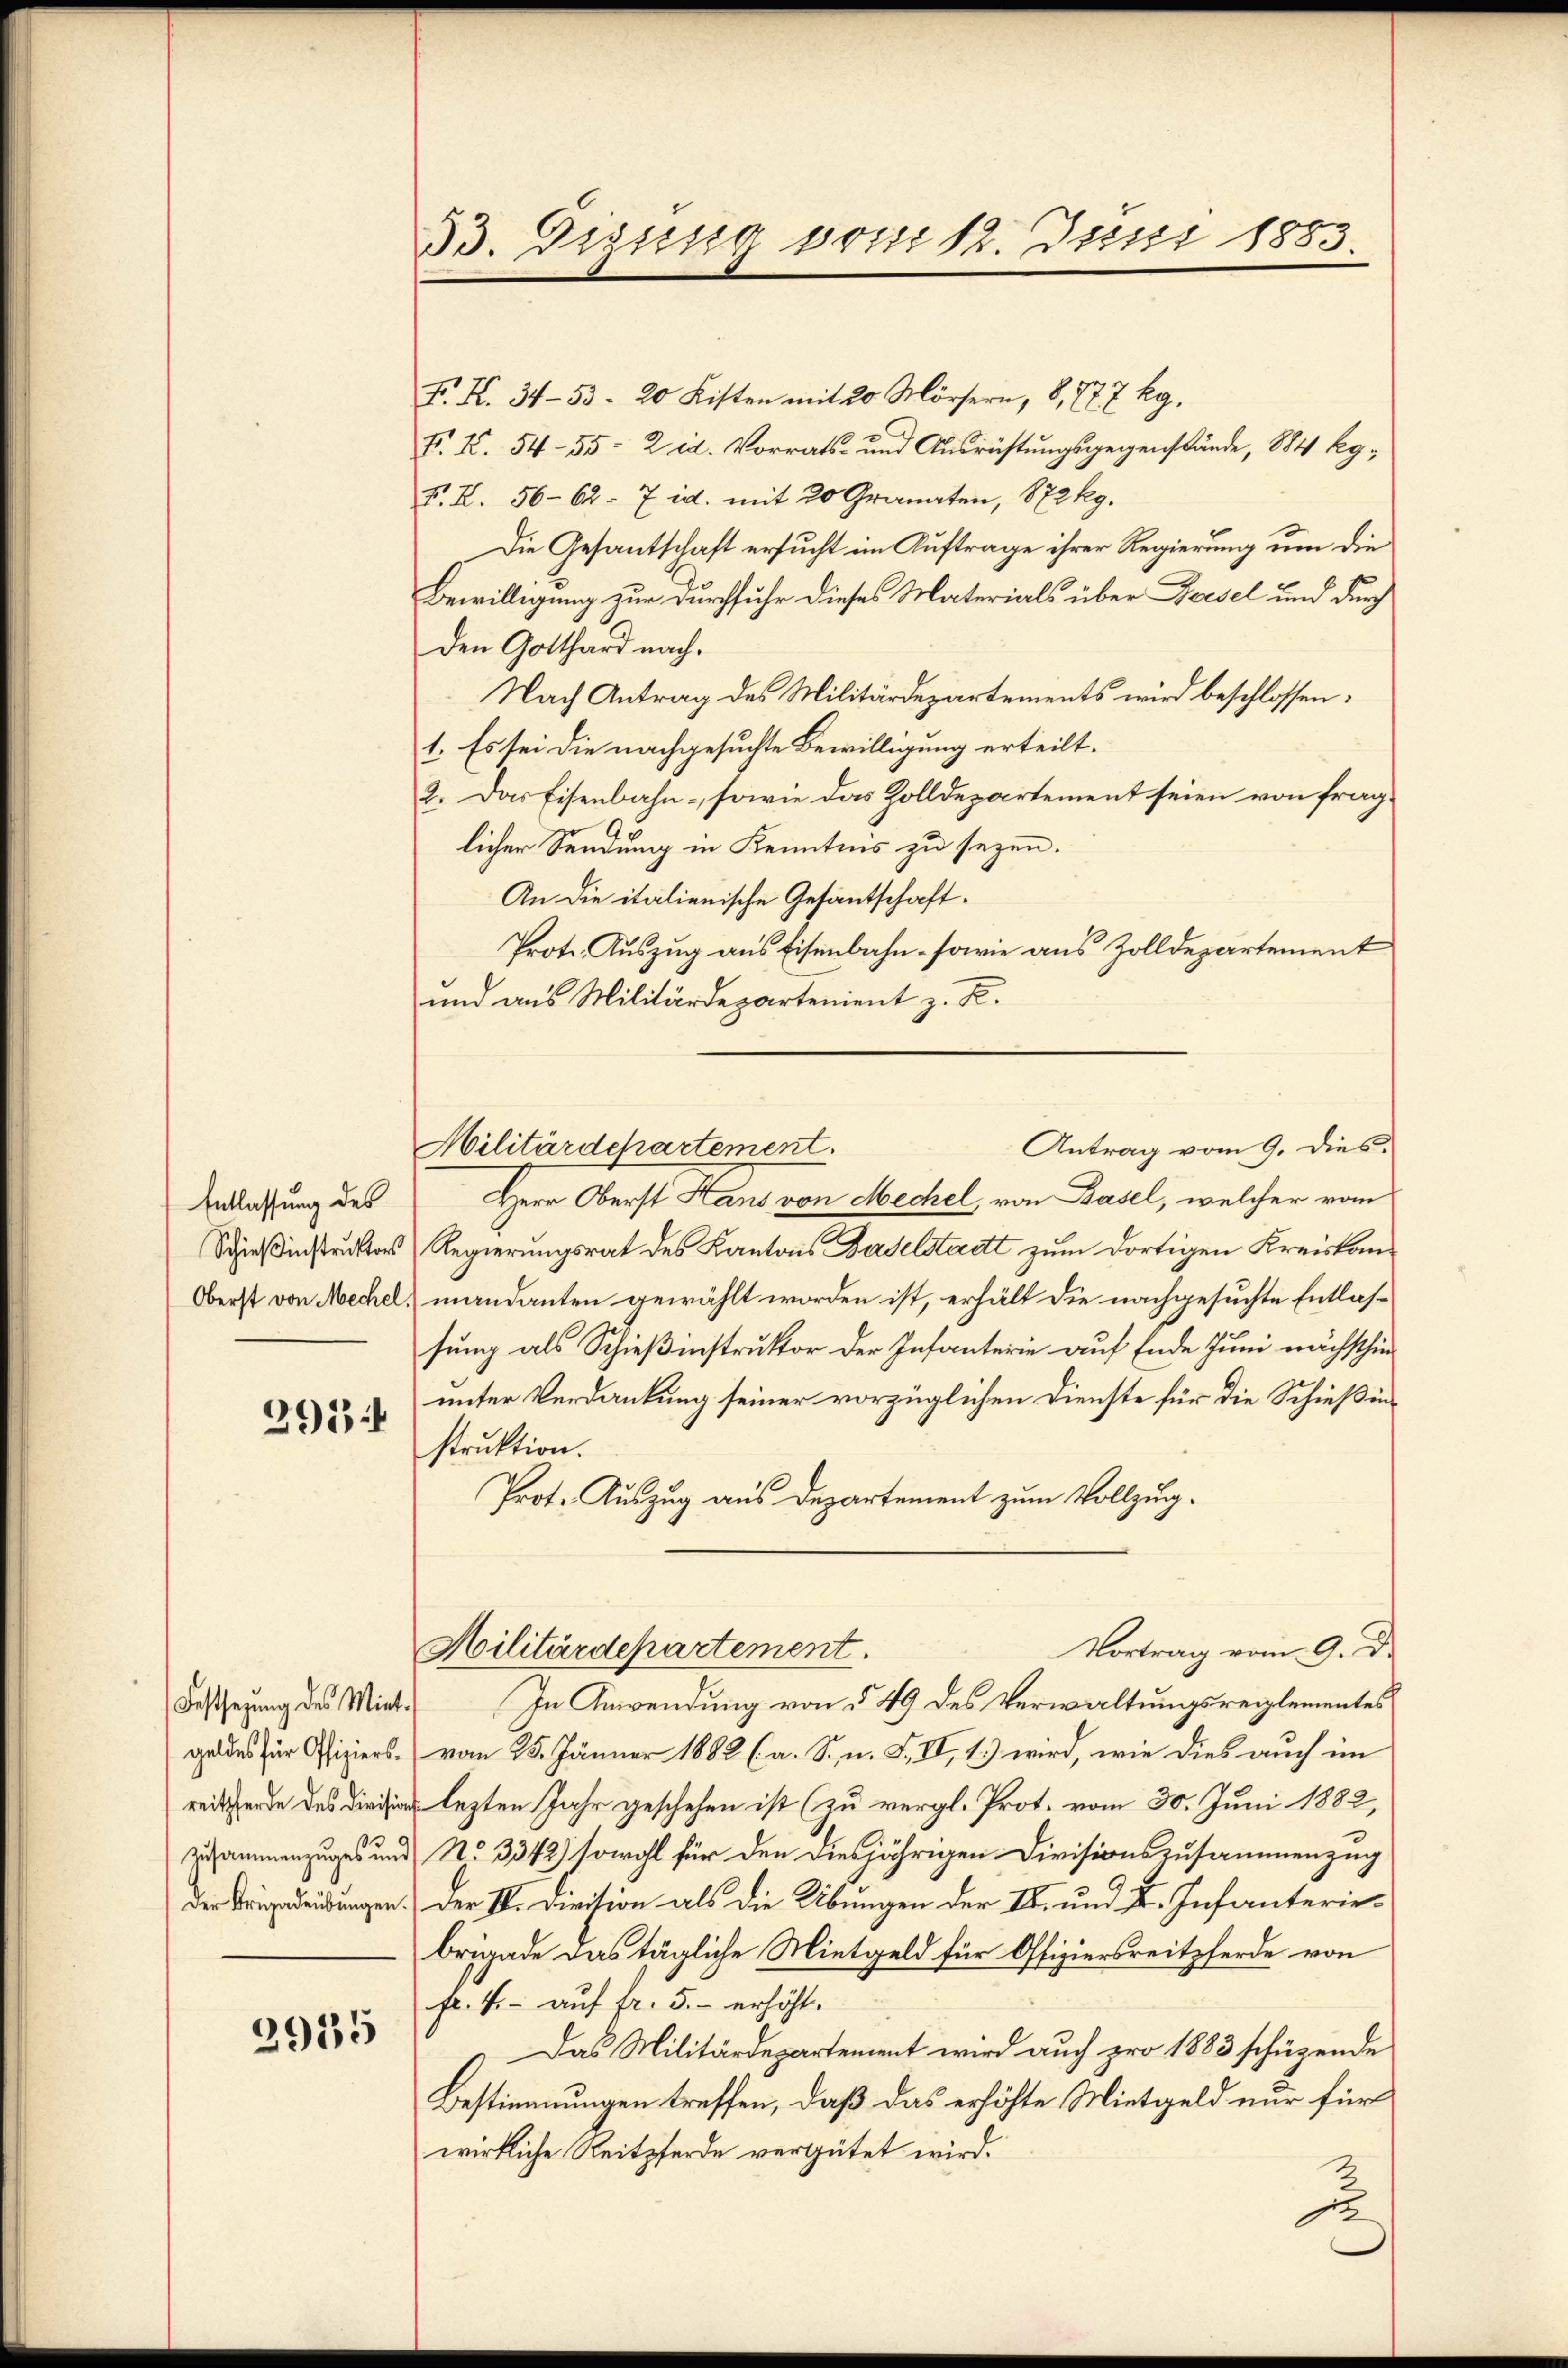
2954

F. K. 34-53- 20 Kisten mit 20 Mörsern, 8, 777 kg.
F. S. 54-55 - 2 id. Vorrats- und Ausrüstŭngsgegenstände, 1884 kg-
V. I. 56-62 - 7 id. mit 20 Granaten, 872 kg.
Die Gesantschaft ersucht im Auftrage ihrer Regierung um die
Bewilligung zur Durchfuhr dieses Materials über Geisel und durch
den Gotthard nach¬
Nach Antrag des Militärdepartements wird beschlossen:
1. Es sei die nachgesuchte Bewilligung erteilt.
2. Das Eisenbahn - sowie das Zolldepartement seien von frag-
licher Sendung in Kenntnis zu seyen.
An die italienische Gesantschaft.
Prote. Auszug aus Eisenbahn - sowie aus Zolldepartement
und aus Militärdepartenient z. R.
Militärdepartement.
Entlassung des Herr Oberst Hans von Mechel, von Basel, welcher vom
Schießinstruktor Regierungsrat des Kantons Baselstadt zum dortigen Kreiskom¬
Oberst von Mechel, mandanten gewählt worden ist, erhält die nachgesuchte Entlassung als Schießinstruktor der Infanterie auf Ende Juni nächsthieunter Verdankung seiner vorzüglichen Dienste für die Schießinstruktion.
Prot. Auszug aus Departement zum Vollzug.
Vortrag vom 9. De
Militärdepartement.
Festsezung des Miet. In Anwendung von § 49 des Verwaltungsreglementes
geldes für Offiziers. vom 25. Jänner 1882 (a. S. n. F. II, 1.) wird, wie dies auch im
reitende des Dir lezten Jahr geschehen ist (zu vergl. Prot. vom 30. Juni 1882,
zusammenzuges und No. 3342) sowohl für den diesjährigen Divisionszusammenzug
der Brigadendungen. Der IV. Divition als die Übungen der I. und F. Infanteriebrigade das tägliche Mietgeld für Offiziersreitpferde von
fr. 4.- aŭf fr. 5. erhöht.
Das Militärdepartement wird auch pro 1883 schüzende
Bestimmungen treffen, daß das erhöhte Mietgeld nur für
wirkliche Reitpferde vergütet wird.

2925

33. Dezung vom 12. Juni 1883.

Antrag vom 9. dies